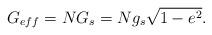
LaTeX: \begin{align*}G_{eff}=NG_s=Ng_s\sqrt{1-e^2}.\end{align*}